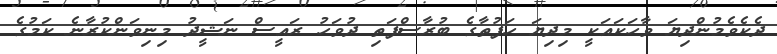
ދެކެވެމުންދިޔަ ވާހަކައަކީ މިދިޔަ ހަފުތާގެ ބުރާސްފަތި ދުވަހު ރައީސް ނަޝީދު މިނިވަންކުރާނެ ކަމުގެ